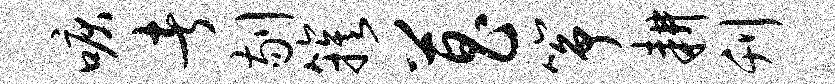
唳者剔簇菖筝耕刊